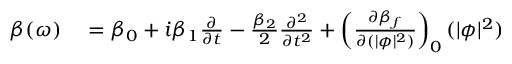
\begin{array} { r l } { \beta ( \omega ) } & { { } = \beta _ { 0 } + i \beta _ { 1 } \frac { \partial } { \partial t } - \frac { \beta _ { 2 } } { 2 } \frac { \partial ^ { 2 } } { \partial t ^ { 2 } } + \left( \frac { \partial \beta _ { f } } { \partial ( | \phi | ^ { 2 } ) } \right) _ { 0 } ( | \phi | ^ { 2 } ) } \end{array}